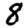
Digit: 8